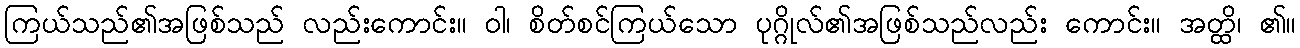
ကြယ်သည်၏အဖြစ်သည် လည်းကောင်း။ ဝါ၊ စိတ်စင်ကြယ်သော ပုဂ္ဂိုလ်၏အဖြစ်သည်လည်း ကောင်း။ အတ္ထိ၊ ၏။